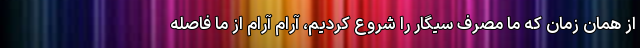
از همان زمان که ما مصرف سیگار را شروع کردیم، آرام آرام از ما فاصله